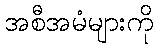
အစီအမံများကို